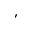
,